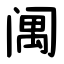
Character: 䦸